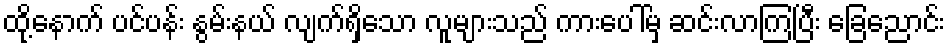
ထို့နောက် ပင်ပန်း နွမ်းနယ် လျက်ရှိသော လူများသည် ကားပေါ်မှ ဆင်းလာကြပြီး ခြေညောင်း